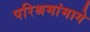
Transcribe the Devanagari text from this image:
परिश्रमांमागे